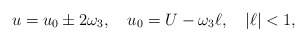
\begin{align*}u=u_0\pm2\omega_3,\quad u_0=U-\omega_3\ell,\quad |\ell|<1, \end{align*}